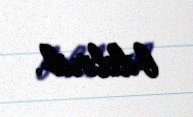
bildirib.